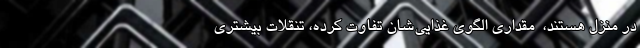
در منزل هستند، ‌ مقداری الگوی غذایی‌شان تفاوت کرده، تنقلات بیشتری